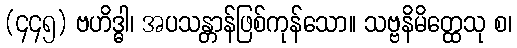
(၄၄၅) ဗဟိဒ္ဓါ၊ အပသန္တာန်ဖြစ်ကုန်သော။ သဗ္ဗနိမိတ္ထေသု စ၊